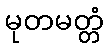
မုတမတ္တံ